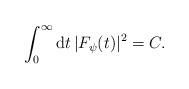
LaTeX: \begin{align*}\int_{0}^{\infty}{\rm d} t \,|F_{\psi}(t)|^2 = C.\end{align*}